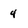
Character: 4